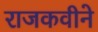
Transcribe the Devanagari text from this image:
राजकवीने